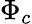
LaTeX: \Phi_{c}